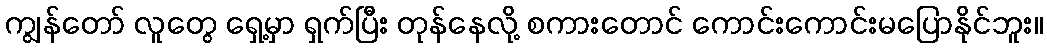
ကျွန်တော် လူတွေ ရှေ့မှာ ရှက်ပြီး တုန်နေလို့ စကားတောင် ကောင်းကောင်းမပြောနိုင်ဘူး။